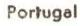
Portugal